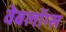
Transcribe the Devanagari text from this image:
वेबलॉग्स